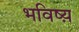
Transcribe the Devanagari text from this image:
भविष्य़